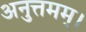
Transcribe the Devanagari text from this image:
अनुत्तमम्‌।